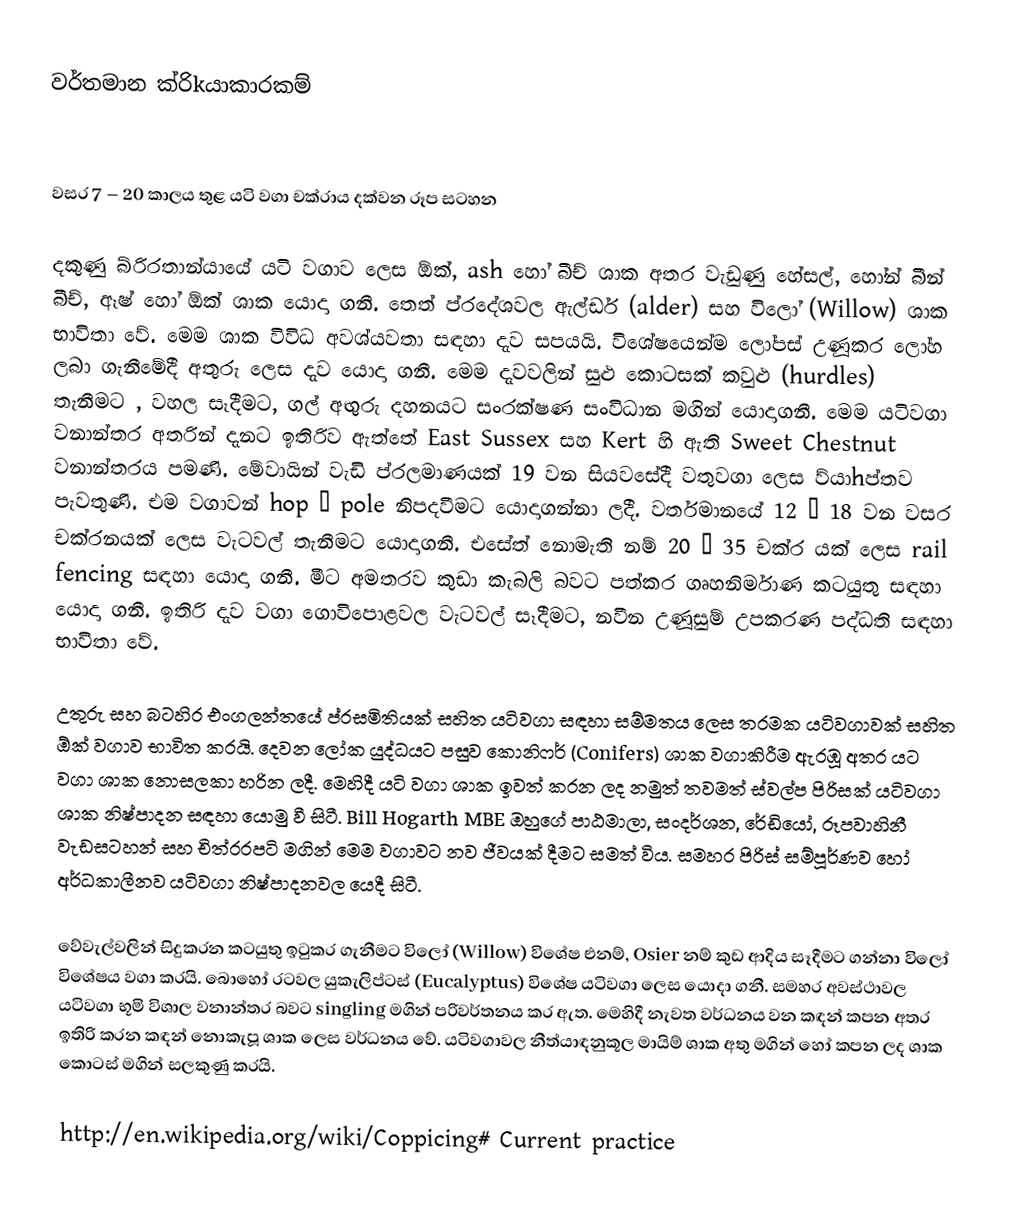
වර්තමාන ක්රිkයාකාරකම්

වසර 7 – 20 කාලය තුළ යටි වගා චක්රාය දක්වන රූප සටහන

දකුණු බ්රිරතාන්යායේ යටි වගාව ලෙස ඕක්,  ash හෝ බීච් ශාක අතර වැඩුණු හේසල්, හෝන් බීන් බීච්, ඈෂ් හෝ ඕක් ශාක යොදා ගනී. තෙත් ප්ර‍දේශවල ඇල්ඩර් (alder)  සහ විලෝ (Willow) ශාක භාවිතා වේ. මෙම ශාක විවිධ අවශ්යවතා සඳහා දැව සපයයි. විශේෂයෙන්ම ලෝපස් උණූකර ලෝහ ලබා ගැනීමේදී අතුරු ලෙස දැව යොදා ගනී. මෙම දැවවලින් සුළු කොටසක් කවුළු (hurdles) තැනීමට , වහල සෑදීමට, ගල් අඟුරු දහනයට සංරක්ෂණ සංවිධාන මගින් යොදාගනී. මෙම යටිවගා වනාන්තර අතරින් දැනට ඉතිරිව ඇත්තේ East Sussex සහ Kert හි ඇති Sweet Chestnut වනාන්තරය පමණි. මේවායින් වැඩි ප්රලමාණයක් 19 වන සියවසේදී වතුවගා ලෙස ව්යාhප්තව පැවතුණි. එම වගාවන් hop – pole නිපදවීමට ‍යොදාගන්නා ලදී. වර්තමානයේ 12 – 18 වන වසර චක්රනයක් ලෙස වැටවල් තැනීම‍ට යොදාගනී. එසේත් නොමැති නම් 20 – 35 චක්ර යක් ලෙස rail fencing සඳහා යොදා ගනී. මීට අමතරව කුඩා කැබලි බවට පත්කර ගෘහනිර්මාණ කටයුතු සඳහා යොදා ගනී. ඉතිරි දැව වගා ගොවිපොළවල වැටවල් සෑදීමට, නවීන උණූසුම් උපකරණ පද්ධති සඳහා භාවිතා වේ.

උතුරු සහ බටහිර එංගලන්තයේ ප්රසමිතියක් සහිත යටිවගා සඳහා සම්මතය ලෙස තරමක යටිවගාවක් සහිත ඕක් වගාව භාවිත කරයි. දෙවන ලෝක යුද්ධයට පසුව කොනිෆර් (Conifers) ශාක වගාකිරීම ඇරඹූ අතර යට වගා ශාක නොසලකා හරින ලදී. මෙහිදී යටි වගා ශාක ඉවත් කරන ලද නමුත් තවමත් ස්වල්ප පිරිසක් යටිවගා ශාක නිෂ්පාදන සඳහා යොමු වී සිටී. Bill Hogarth MBE ඔහුගේ පාඨමාලා, සංදර්ශන, රේඩියෝ, රූපවාහිනී වැඩසටහන් සහ චිත්රරපටි මගින් මෙම වගාවට නව ජීවයක් දීමට සමත් විය. සමහර පිරිස් සම්පූර්ණව හෝ අර්ධකාලීනව යටිවගා නිෂ්පාදනවල යෙදී සිටී.

වේවැල්වලින් සිදුකරන කටයුතු ඉටුකර ගැනීමට විලෝ (Willow) විශේෂ එනම්, Osier නම් කුඩ ආදිය සෑදීමට ගන්නා විලෝ විශේෂය වගා කරයි. බොහෝ රටවල යුකැලිප්ටස් (Eucalyptus) විශේෂ යටිවගා ලෙස යොදා ගනී. සමහර අවස්ථාවල යටිවගා භූමි විශාල වනාන්තර බවට singling මගින් පරිවර්තනය කර ඇත. මෙහිදී නැවත වර්ධනය වන කඳන් කපන අතර ඉතිරි කරන කඳන් නොකැපූ ශාක ලෙස වර්ධනය වේ. යටිවගාවල නීත්යාඳනුකූල මායිම් ශාක අතු මගින් හෝ කපන ලද ශාක කොටස් මගින් සලකුණු කරයි.

http://en.wikipedia.org/wiki/Coppicing# Current practice